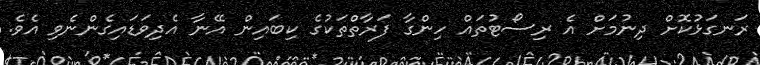
ރަނގަޅުކޮށް ދިނުމަށް އެ ރިސޯޓުތައް ހިންގާ ފަރާތްތަކުގެ ކިބައިން އޭނާ އެދިވަޑައިގެންނެވި އެވެ.